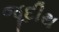
જૂદીથ